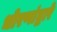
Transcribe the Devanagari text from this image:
धोरणांद्वारे